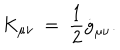
K _ { \mu \nu } ~ = ~ \frac { 1 } { 2 } \dot { g } _ { \mu \nu } .